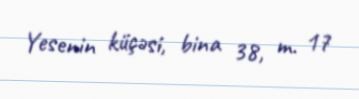
Yesenin küçəsi, bina 38, m. 17